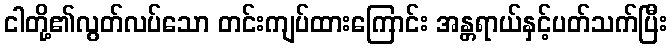
ငါတို့၏လွတ်လပ်သော တင်းကျပ်ထားကြောင်း အန္တရာယ်နှင့်ပတ်သက်ပြီး